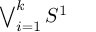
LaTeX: \textstyle \bigvee _ { i = 1 } ^ { k } S ^ { 1 }